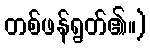
တစ်ဖန်ရွတ်၏။)